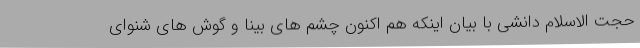
حجت الاسلام دانشی با بیان اینکه هم اکنون چشم های بینا و گوش های شنوای